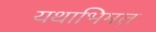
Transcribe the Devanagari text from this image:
यथाभिमत